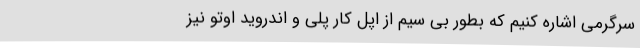
سرگرمی اشاره کنیم که بطور بی سیم از اپل کار پلی و اندروید اوتو نیز